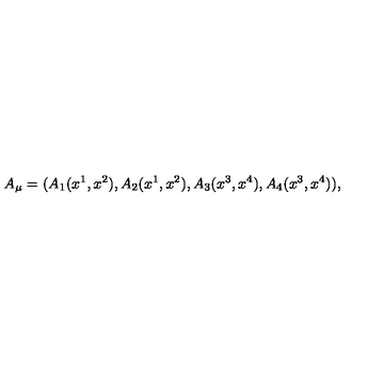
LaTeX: A _ { \mu } = ( A _ { 1 } ( x ^ { 1 } , x ^ { 2 } ) , A _ { 2 } ( x ^ { 1 } , x ^ { 2 } ) , A _ { 3 } ( x ^ { 3 } , x ^ { 4 } ) , A _ { 4 } ( x ^ { 3 } , x ^ { 4 } ) ) ,